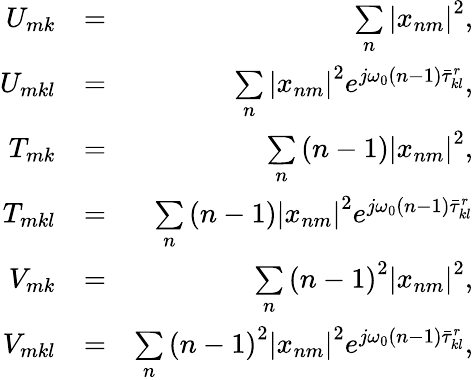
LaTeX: \begin{array}{rlr}{U_{mk}}&{=}&{\underset{n}{\sum}\left|x_{nm}\right|^{2},}\\ {U_{mkl}}&{=}&{\underset{n}{\sum}\left|x_{nm}\right|^{2}e^{j\omega_{0}\left(n-1\right)\bar{\tau}_{kl}^{r}},}\\ {T_{mk}}&{=}&{\underset{n}{\sum}\left(n-1\right)\left|x_{nm}\right|^{2},}\\ {T_{mkl}}&{=}&{\underset{n}{\sum}\left(n-1\right)\left|x_{nm}\right|^{2}e^{j\omega_{0}\left(n-1\right)\bar{\tau}_{kl}^{r}}}\\ {V_{mk}}&{=}&{\underset{n}{\sum}\left(n-1\right)^{2}\left|x_{nm}\right|^{2},}\\ {V_{mkl}}&{=}&{\underset{n}{\sum}\left(n-1\right)^{2}\left|x_{nm}\right|^{2}e^{j\omega_{0}\left(n-1\right)\bar{\tau}_{kl}^{r}},}\end{array}